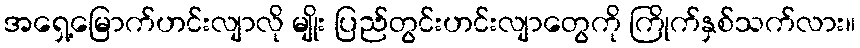
အရှေ့မြောက်ဟင်းလျာလို မျိုး ပြည်တွင်းဟင်းလျာတွေကို ကြိုက်နှစ်သက်လား။